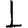
Digit: 1